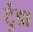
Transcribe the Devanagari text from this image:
टुंडा